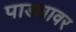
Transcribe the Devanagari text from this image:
पाड्यावर